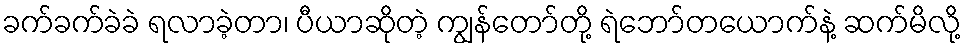
ခက်ခက်ခဲခဲ ရလာခဲ့တာ၊ ပီယာဆိုတဲ့ ကျွန်တော်တို့ ရဲဘော်တယောက်နဲ့ ဆက်မိလို့